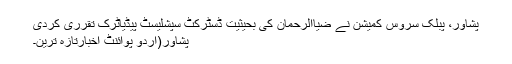
پشاور، پبلک سروس کمیشن نے ضیاالرحمان کی بحیثیت ڈسٹرکٹ سپشلیسٹ پیڈیاٹرک تقرری کردی
پشاور(اُردو پوائنٹ اخبارتازہ ترین۔